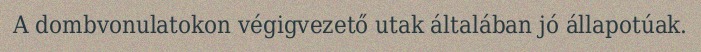
A dombvonulatokon végigvezető utak általában jó állapotúak.